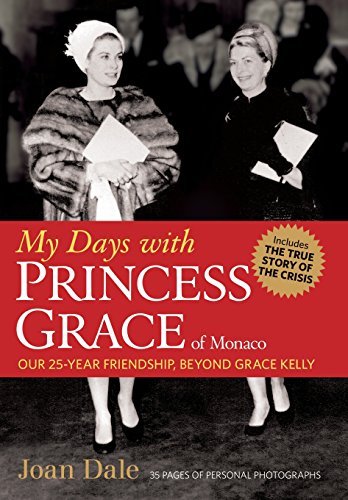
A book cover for My Days with Princess Grace of Monaco; Joan Dale; Biographies & Memoirs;